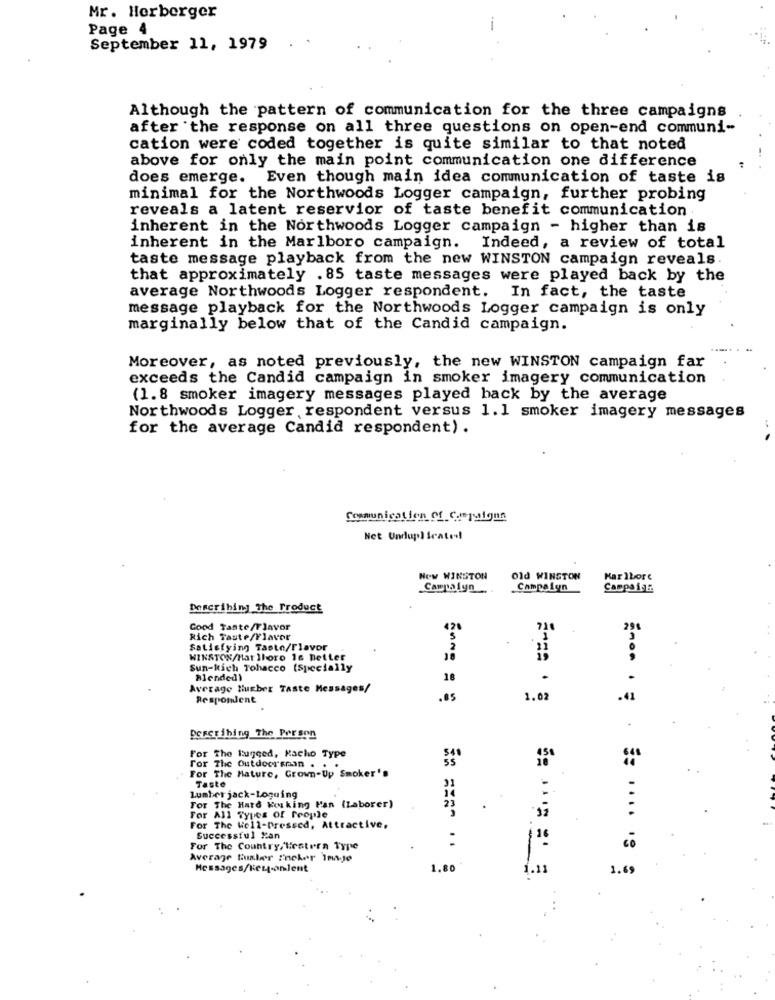
Mr. Herberger
Page 4
--
September 11, 1979
Although the pattern of communication for the three campaigns
after the response on all three questions on open-end communi-
cation were coded together is quite similar to that noted
above for only the main point communication one difference
does emerge. Even though main idea communication of taste is
minimal for the Northwoods Logger campaign, further probing
reveals a latent reservior of taste benefit communication
inherent in the Northwoods Logger campaign - higher than is
inherent in the Marlboro campaign. Indeed, a review of total
taste message playback from the new WINSTON campaign reveals.
that approximately . 85 taste messages were played back by the
average Northwoods Logger respondent. In fact, the taste
message playback for the Northwoods Logger campaign is only
marginally below that of the Candid campaign.
Moreover, as noted previously, the new WINSTON campaign far
exceeds the Candid campaign in smoker imagery communication
(1.8 smoker imagery messages played hack by the average
Northwoods Logger respondent versus 1.1 smoker imagery messages
for the average Candid respondent).
Communication_ of_campaignn
Net Unduplicate!
Now WINSTON
old WINSTON
Karlbore
Campaign
Campalyn
Describing the Product
Good Taste/Tlavor
420
Rich Taute/Flavor
Satisfying Taste/Flavor
2
WINSTON/Hat lboro 16 Better
Sun-kich Tobacco (Specially
Blended)
18
Average Hueber Taste Messages/
Respondent
,05
1.02
.41
Describing The Pre son
For The Rugged, Kacho Type
For The Mature, Grown-Up Smoker's
For The Outdoorsman . . .
Taste
Lumber jack-Loguing
For The Hard Koking Man (Laborer)
23
For All Types of People
For The Well-Dressed, Attractive,
Successful Man
1 16
For The Country/Hestern Type
Average Gunter "neker Imaje
Messages/Key-onlent
1.80
1.11
1.69